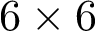
6 \times 6